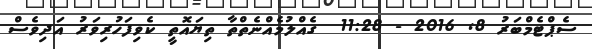
ސެޕްޓެމްބަރު 8